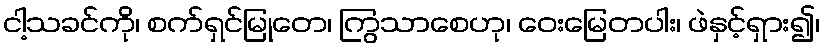
ငါ့သခင်ကို၊ စက်ရှင်မြုတေ၊ ကြွသာစေဟု၊ ဝေးမြေတပါး၊ ဖဲနှင့်ရှား၍၊